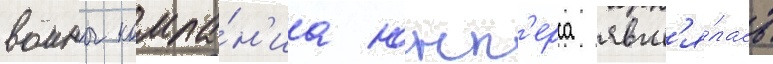
воины компа́н'иа юнк'ерса явл'я́лась